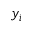
y _ { i }